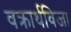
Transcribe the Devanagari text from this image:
वक्रार्थविजा